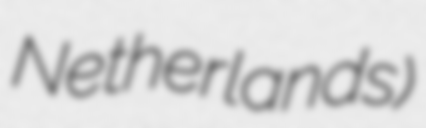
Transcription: Netherlands)